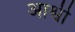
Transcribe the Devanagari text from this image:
आश्वी